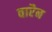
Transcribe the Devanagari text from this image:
वारैन